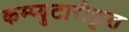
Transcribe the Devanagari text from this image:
कम्प्यूटारीकृत